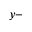
y -